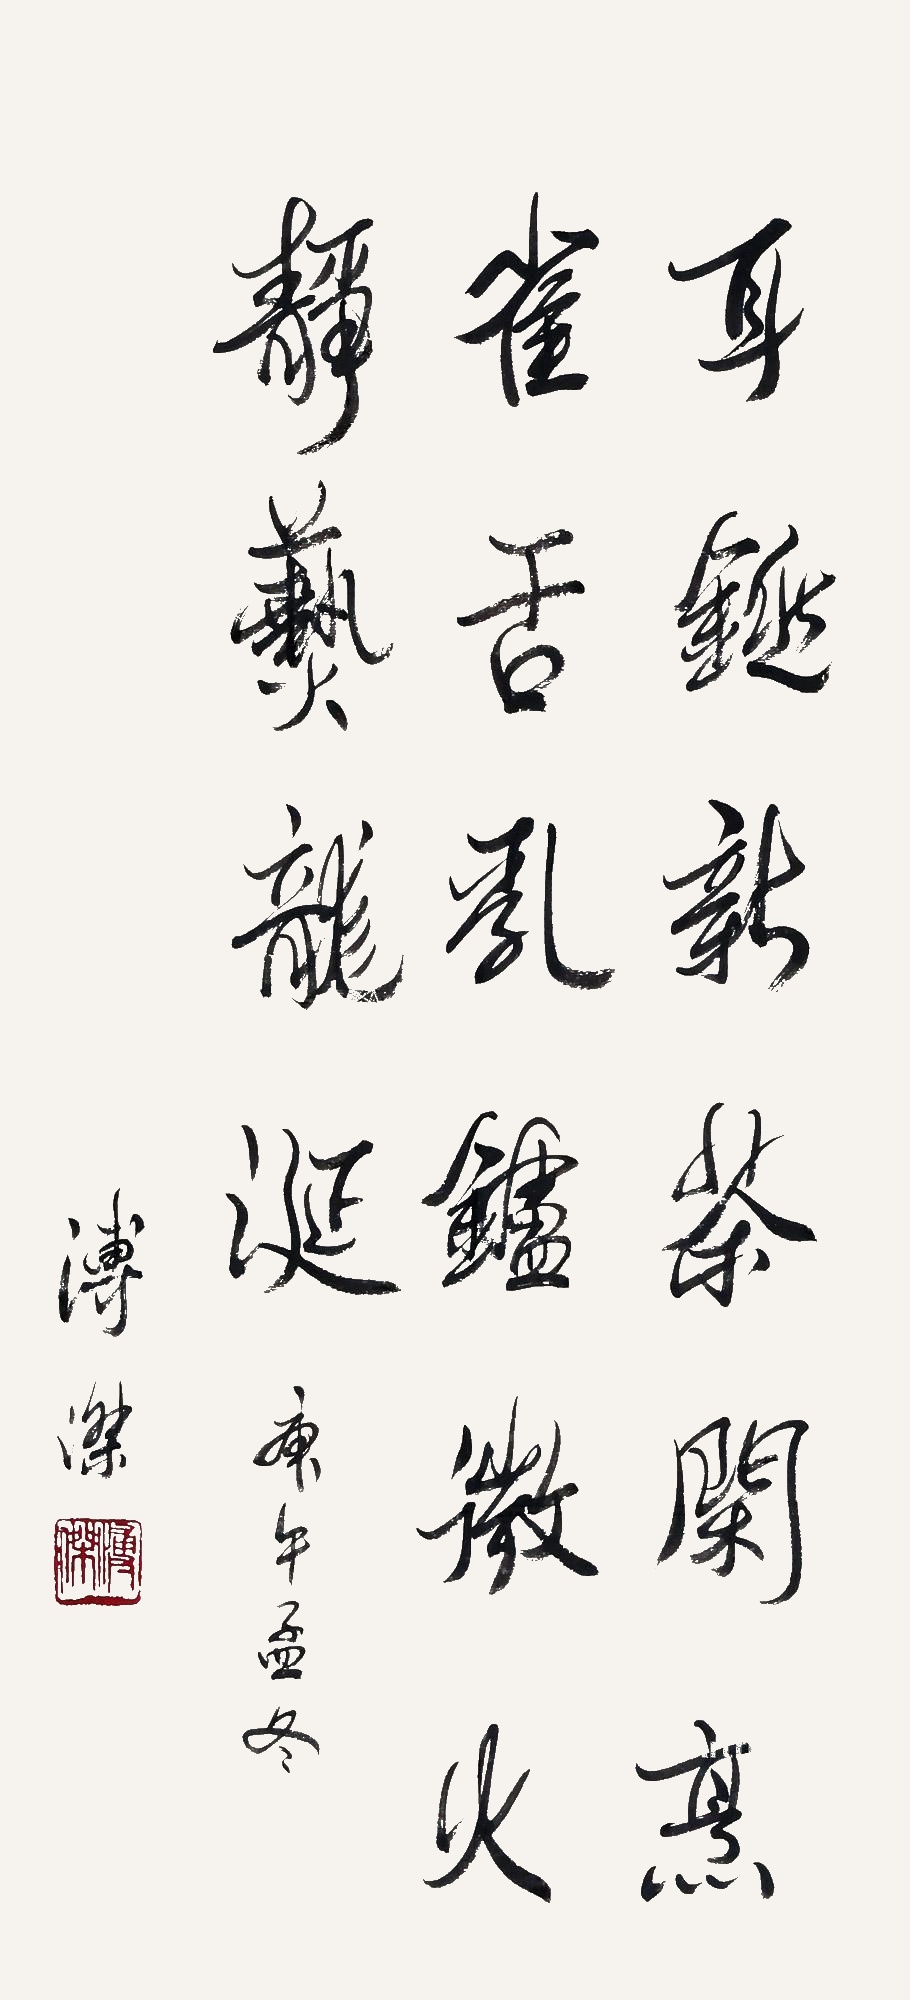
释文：耳铫新茶煎雀舌,乳炉微火𦶟龙涎。庚午孟冬溥杰。